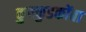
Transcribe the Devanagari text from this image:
कुक्कुडकोंबा